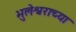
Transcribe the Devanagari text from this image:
भुलेश्वराच्या